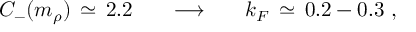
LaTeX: C _ { - } ( m _ { \rho } ) \, \simeq \, 2 . 2 \; \; \; \; \; \; \longrightarrow \; \; \; \; \; \; k _ { F } \, \simeq \, 0 . 2 - 0 . 3 ~ ,